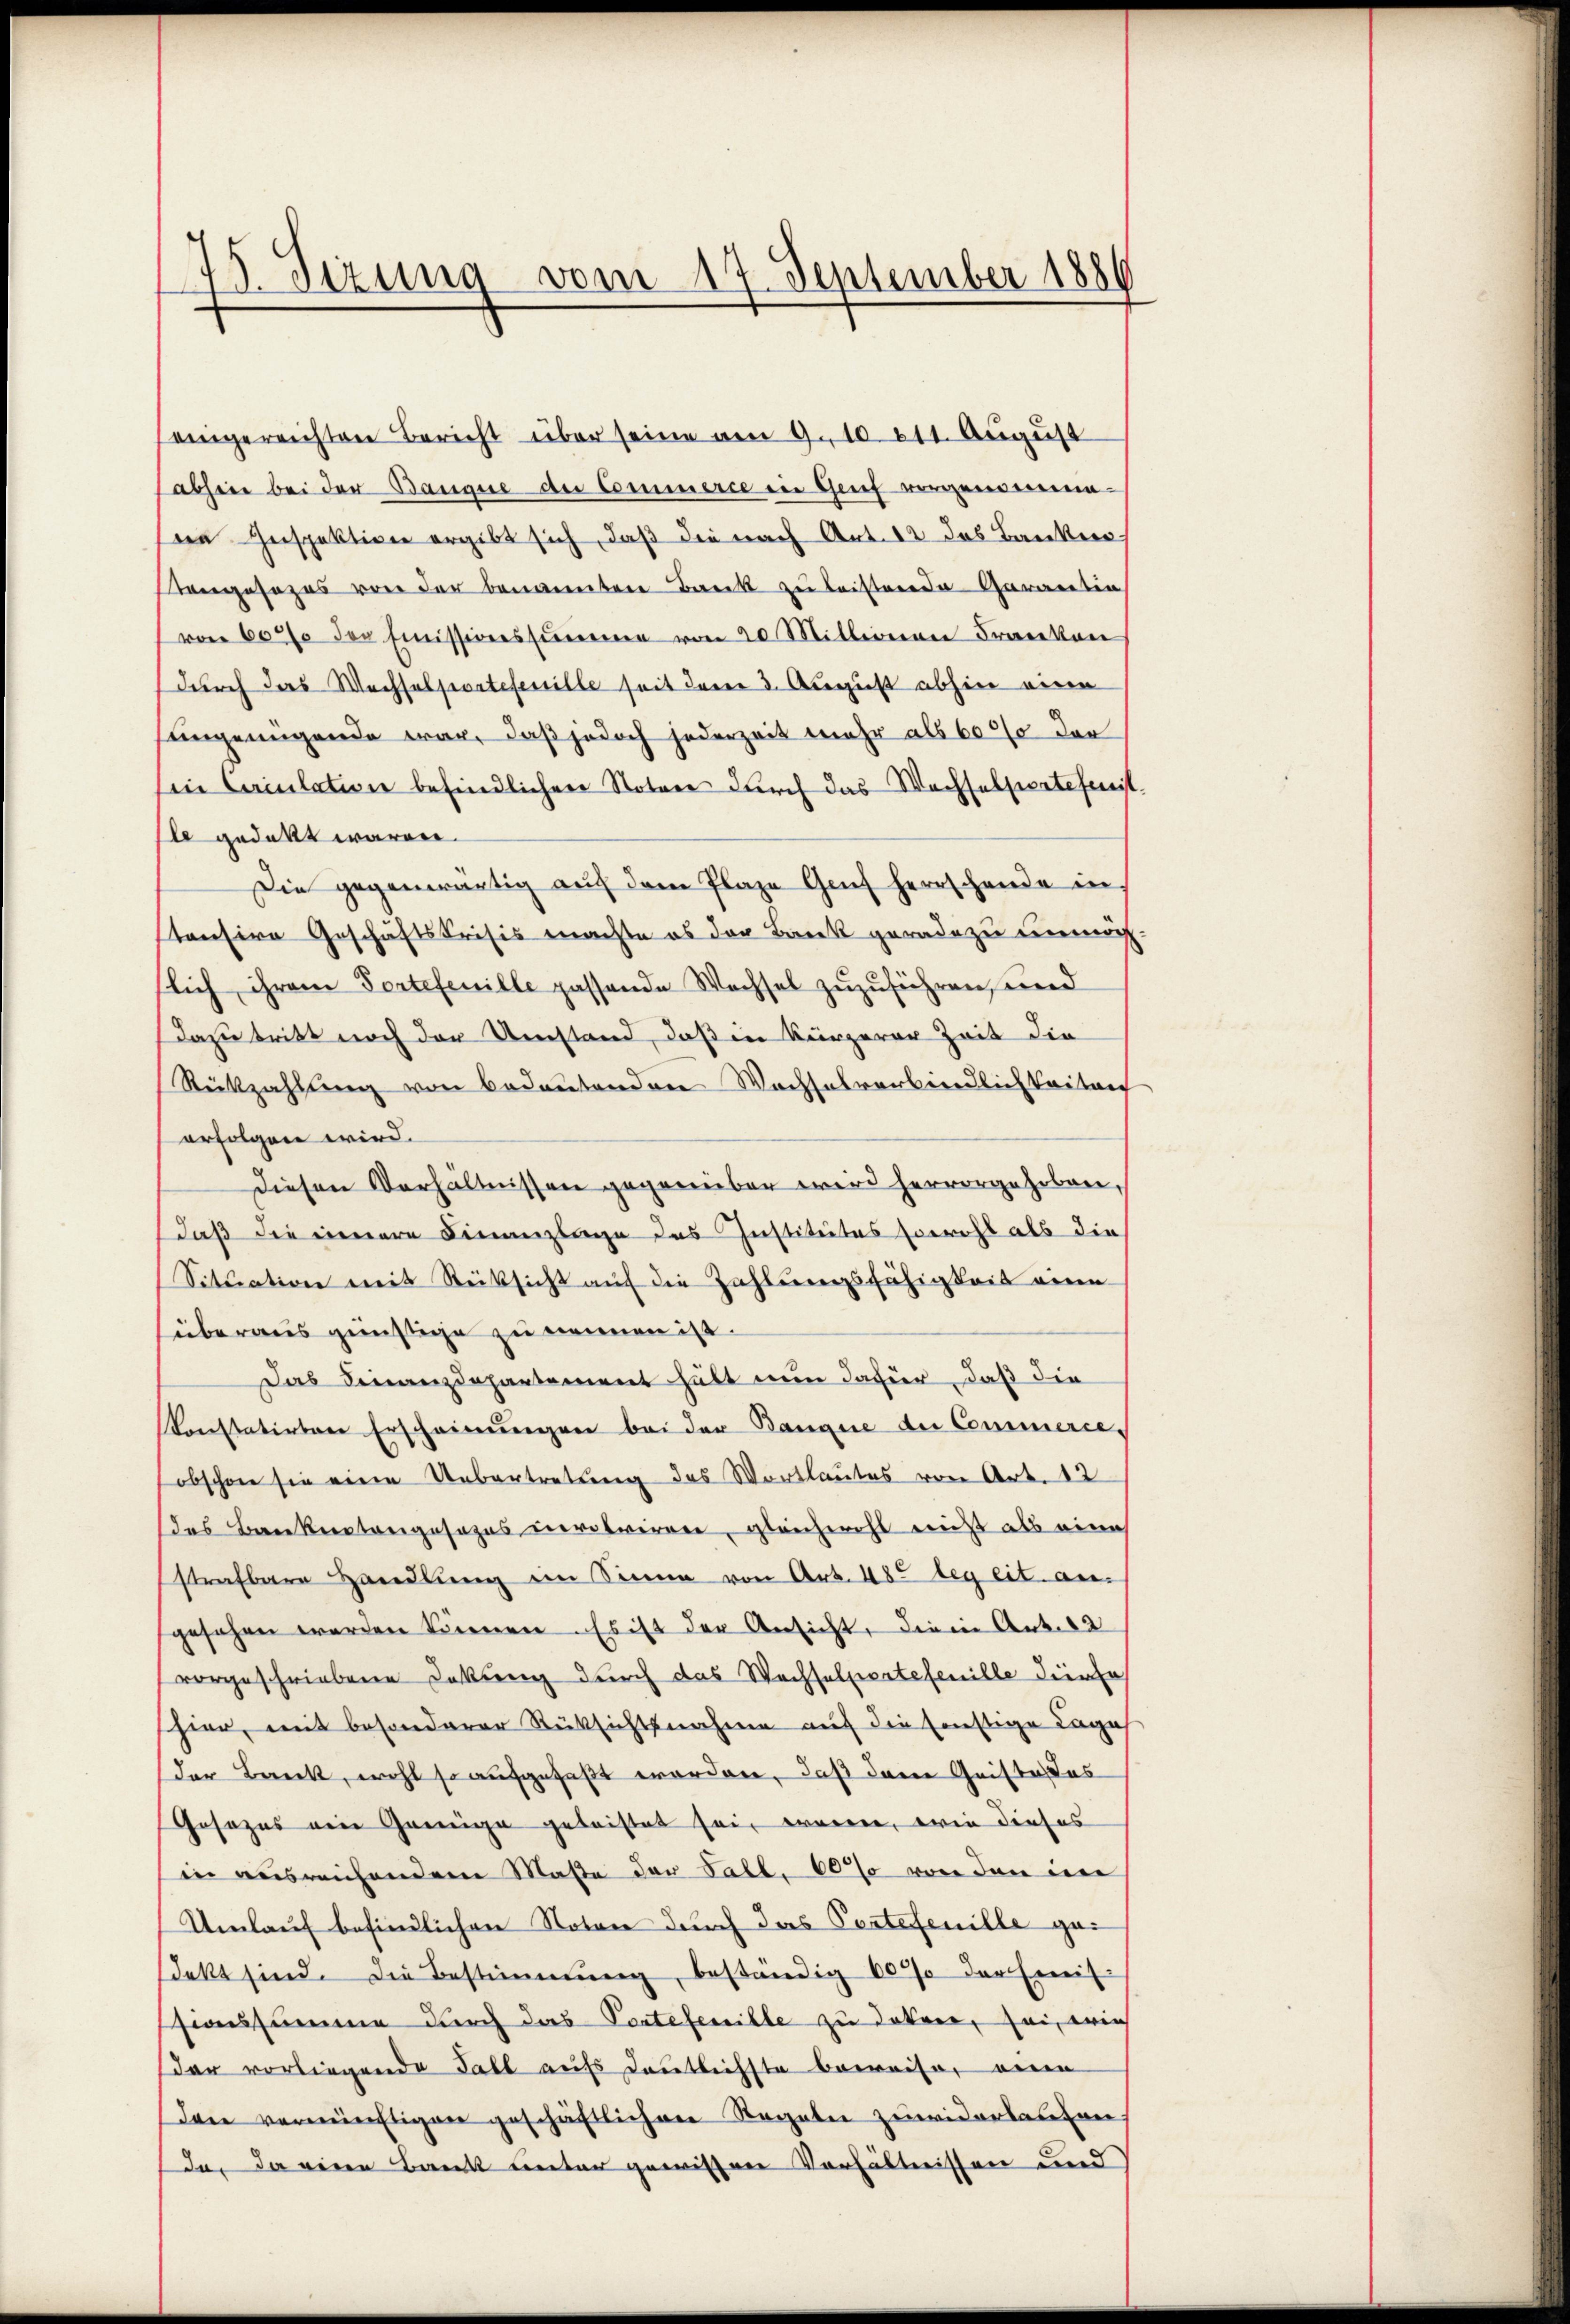
25. Sizung vom 17. September 1886

eingereichten Bericht über seine am 9. 10. 211. August
abhin bei der Banque du Commerce in Genf vorgenomme-
de Inspektion ergibt sich, daß die nach Art. 12 das Banken,
Tongesezes von der benanntere Bank zu leisternde Garantin
von 600 der Emissionssumme von 20 Mitleinen Franken
durch das Wechselsvatefestille seit dem 3. August abhin eine
sängenügende war, daß jedoch jederzeit mehr als 6000 der
in Camulation befindlichen Notare durch das Wachselpertefeit.
le gedekt waren.
Die gegenwärtig aŭf dem Plaze Genf herrschende in
stensive Geschäftsfrisis machte es der Bank geradezu unmögflich ihrem Portefenille passende Wechsel zuzuführen, und
dazu tritt noch der Umstand, daß in Kürzerer Zeit die
Rükzahlung von bedeutenden Wachselverbindlichkeitlich
erfolgen wird.
Diesen Verhältnissen gegenüber wird hervorgehoben,
daß die einnere Finanzlage des Institutes sereht als die
Situation mit Rücksicht auf die Zahlungsfähigkeit eine
überaus günstige zu nennen ist.
Das Finanzdepartement hält nun dafür, daß die
Konstatirten Erscheinŭngen bei der Banque der Commerces
obschon sie eine Uebertretung des Wortlautes von Art. 12
das Banknotengesezes verrotriren, gleichwohl nicht als eine
strafbare Handlung im Sinne von Art. 482 leg eit. ansgesehen werden können. Es ist der Ansicht, die in Art. 22
vorgeschriebene Sekung durch das Wechselpertefenille die Er
shier, mit besonderer Rücksichtsnahme auf die sonstige Lage
der Bruck, wohl so aufgefaßt worden, daß den Geiste das
Gesezes ein Genüge geleistet sein waren, wie dieses
in ausreichenden Maße der Fall. 60% von den ein
Umlauf befindlichen Noten durch das Partefenille gei
dekt sind. Die Bestimmung, beständig 60% der Ereif-
ssionssumme durch das Sectefenille zu doten, sei, wie
dar vorliegende Fall aufs deutlichste beweise, eine
Den vernünftigen geschäftlichen Regeln zuwiderlauten,
da, da eine Bank unter gewissen Verhältnissen und